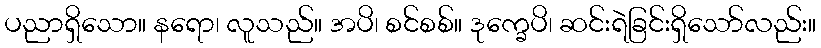
ပညာရှိသော။ နရော၊ လူသည်။ အပိ၊ စင်စစ်။ ဒုက္ခေပိ၊ ဆင်းရဲခြင်းရှိသော်လည်း။